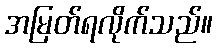
အမြတ်ရလိုက်သည်။